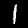
Digit: 1